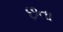
છતા